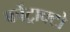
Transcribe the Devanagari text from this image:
कोंट्राक्टो